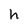
Character: h